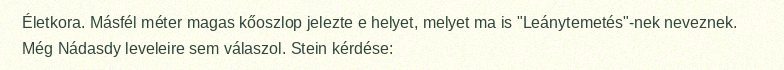
Életkora. Másfél méter magas kőoszlop jelezte e helyet, melyet ma is "Leánytemetés"-nek neveznek. Még Nádasdy leveleire sem válaszol. Stein kérdése: